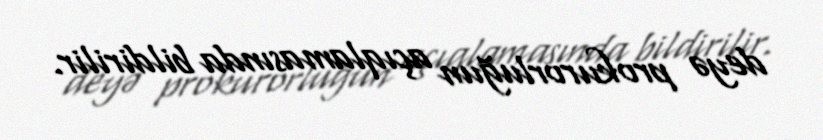
deyə prokurorluğun açıqlamasında bildirilir.